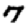
Digit: 7